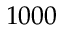
1 0 0 0